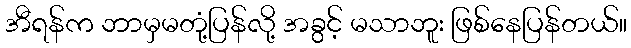
အီရန်က ဘာမှမတုံ့ပြန်လို့ အခွင့် မသာဘူး ဖြစ်နေပြန်တယ်။